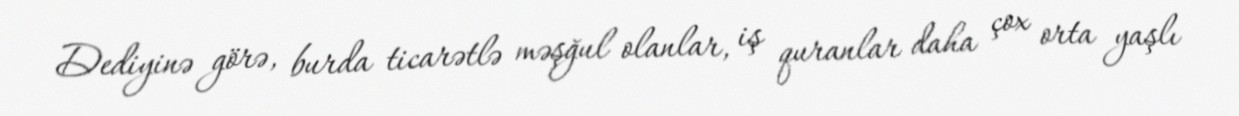
Dediyinə görə, burda ticarətlə məşğul olanlar, iş quranlar daha çox orta yaşlı